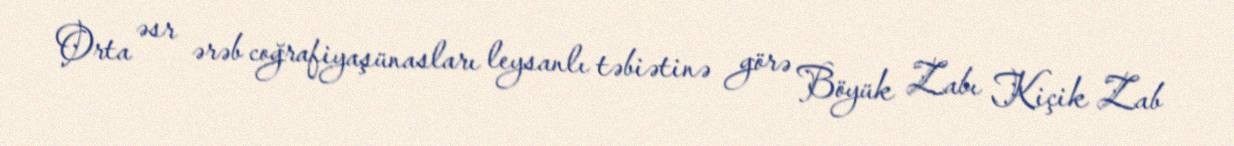
Orta əsr ərəb coğrafiyaşünasları leysanlı təbiətinə görə Böyük Zabı Kiçik Zab